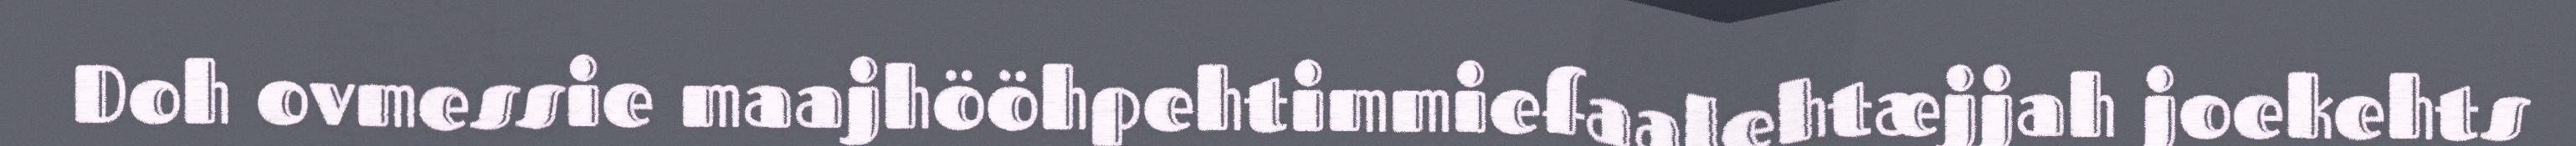
Doh ovmessie maajhööhpehtimmiefaalehtæjjah joekehts